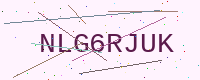
Text: NLG6RJUK